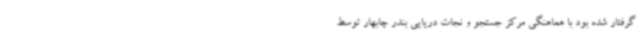
گرفتار شده بود با هماهنگی مرکز جستجو و نجات دریایی بندر چابهار توسط